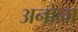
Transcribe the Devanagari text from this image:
अनोना